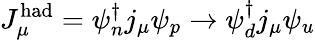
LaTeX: J_{\mu}^{\mathrm{had}}=\psi_{n}^{\dagger}j_{\mu}\psi_{p}\rightarrow\psi_{d}^{\dagger}j_{\mu}\psi_{u}